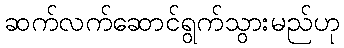
ဆက်လက်ဆောင်ရွက်သွားမည်ဟု